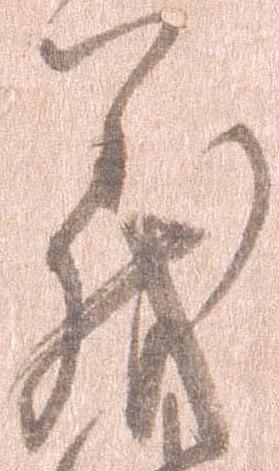
義